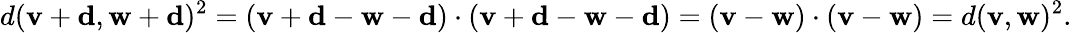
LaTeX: d(\mathbf{v}+\mathbf{d},\mathbf{w}+\mathbf{d})^{2}=(\mathbf{v}+\mathbf{d}-\mathbf{w}-\mathbf{d})\cdot(\mathbf{v}+\mathbf{d}-\mathbf{w}-\mathbf{d})=(\mathbf{v}-\mathbf{w})\cdot(\mathbf{v}-\mathbf{w})=d(\mathbf{v},\mathbf{w})^{2}.